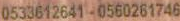
0533612641-0560261746